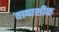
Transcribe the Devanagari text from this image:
वाष्पशीळ